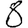
Digit: 8